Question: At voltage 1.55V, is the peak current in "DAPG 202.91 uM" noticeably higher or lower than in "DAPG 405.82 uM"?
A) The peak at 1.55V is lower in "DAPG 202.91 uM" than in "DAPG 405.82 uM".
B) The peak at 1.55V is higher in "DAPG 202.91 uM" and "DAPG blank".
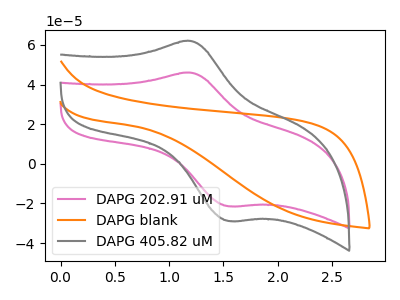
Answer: <think>The pink curve "DAPG 202.91 uM" has an anodic peak at (1.20V, 45.95uA) and a cathodic peak at (1.55V, -21.40uA). The orange curve "DAPG blank" has no peaks. The gray curve "DAPG 405.82 uM" has an anodic peak at (1.20V, 61.95uA) and a cathodic peak at (1.55V, -28.85uA).</think>
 <answer>A) The peak at 1.55V is lower in "DAPG 202.91 uM" than in "DAPG 405.82 uM".</answer>
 <eval>A</eval>